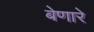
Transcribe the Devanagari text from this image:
बेणारे